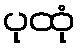
ပုထုံ